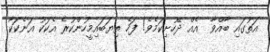
އަތުގައި ބާއްވާ  އެއް ދޭހުށިކަމެވެ! ފަހެ ތިޔަބައިމީހުންކުރެ އެކަކު އަނެކަކާ